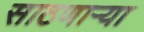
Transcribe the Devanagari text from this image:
साठणाऱ्या